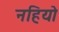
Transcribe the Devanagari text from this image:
नहियो